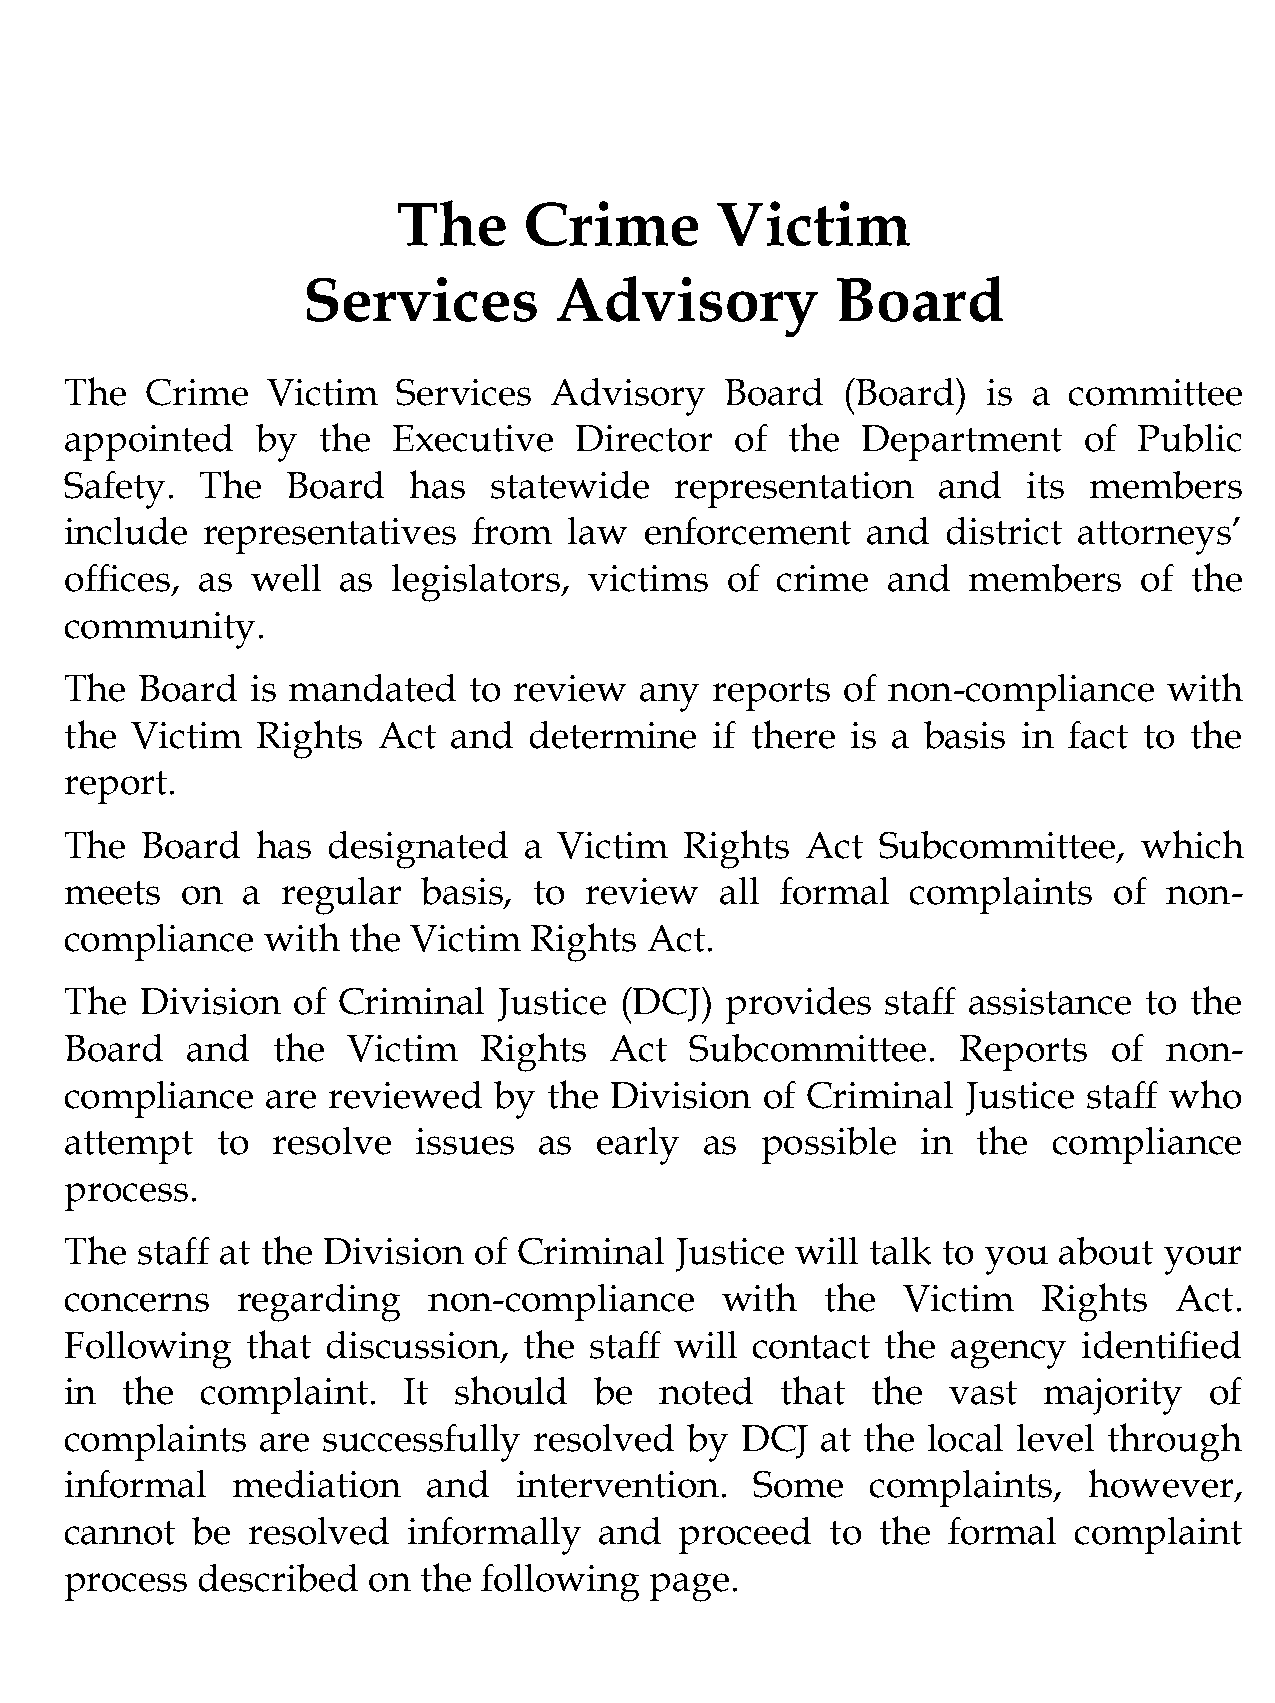
The      Crime       Victim
 Services         Advisory          Board
 The   Crime   Victim  Services  Advisory    Board   (Board)  is a  committee
 appointed    by  the  Executive   Director   of the  Department     of Public
 Safety.  The   Board   has  statewide    representation   and   its members
 include  representatives   from   law  enforcement   and   district attorneys’
 offices, as  well as  legislators, victims  of crime   and  members    of  the
 community.
 The  Board   is mandated   to review  any  reports  of non-compliance    with
 the  Victim  Rights  Act  and  determine   if there is a basis  in fact to the
 report.
 The  Board   has  designated   a Victim  Rights  Act  Subcommittee,     which
 meets   on  a  regular  basis, to  review   all formal  complaints    of non-
 compliance   with  the Victim  Rights  Act.
 The  Division  of Criminal   Justice (DCJ)  provides   staff assistance to the
 Board   and   the  Victim   Rights  Act   Subcommittee.     Reports   of non-
 compliance    are reviewed   by the Division  of Criminal   Justice staff who
 attempt   to  resolve   issues  as  early  as possible   in  the  compliance
 process.
 The  staff at the Division of Criminal   Justice will talk to you about  your
 concerns    regarding   non-compliance      with   the  Victim   Rights   Act.
 Following   that  discussion,  the staff will contact  the agency   identified
 in  the  complaint.    It should   be   noted   that  the  vast  majority   of
 complaints   are successfully  resolved   by DCJ  at the local level through
 informal   mediation    and   intervention.   Some    complaints,   however,
 cannot   be resolved   informally   and  proceed   to the  formal  complaint
 process  described  on  the following  page.